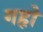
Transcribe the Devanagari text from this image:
गहृो